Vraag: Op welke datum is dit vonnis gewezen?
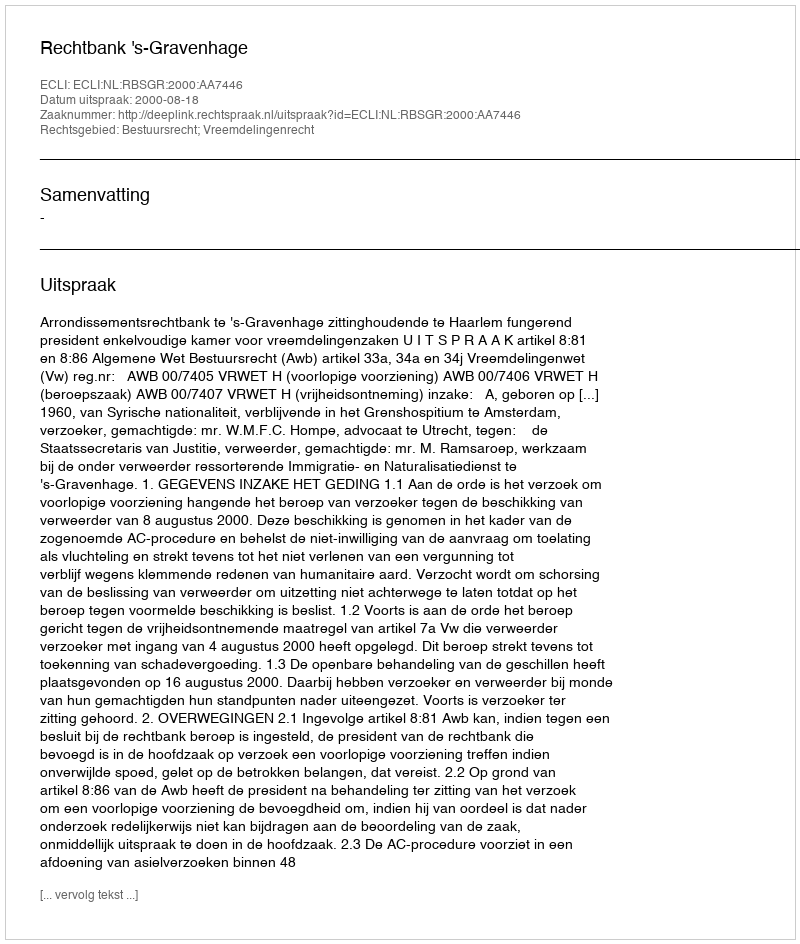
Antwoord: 2000-08-18